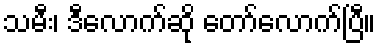
သမီး၊ ဒီလောက်ဆို တော်လောက်ပြီ။